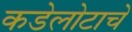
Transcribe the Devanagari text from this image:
कडेलोटाचे